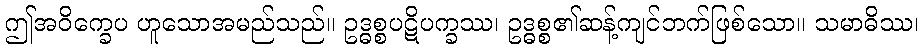
ဤအဝိက္ခေပ ဟူသောအမည်သည်။ ဥဒ္ဓစ္စပဋိပက္ခဿ၊ ဥဒ္ဓစ္စ၏ဆန့်ကျင်ဘက်ဖြစ်သော။ သမာဓိဿ၊